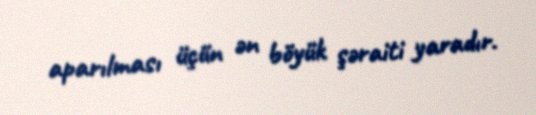
aparılması üçün ən böyük şəraiti yaradır.